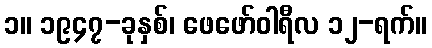
၁။ ၁၉၄၇-ခုနှစ်၊ ဖေဖော်ဝါရီလ ၁၂-ရက်။